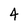
Character: 4